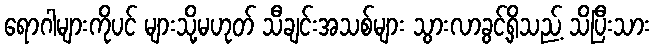
ရောဂါများကိုပင် များသို့မဟုတ် သီချင်းအသစ်များ သွားလာခွင့်ရှိသည့် သိပြီးသား